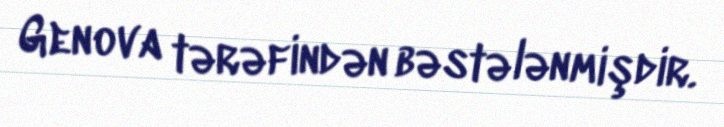
Genova tərəfindən bəstələnmişdir.